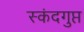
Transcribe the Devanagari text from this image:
स्‍कंदगुप्त